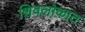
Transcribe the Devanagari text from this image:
शिवलोकात